Rangoon Lunatic Asylum 1893-1897 - 1893-1897
Year: 1893
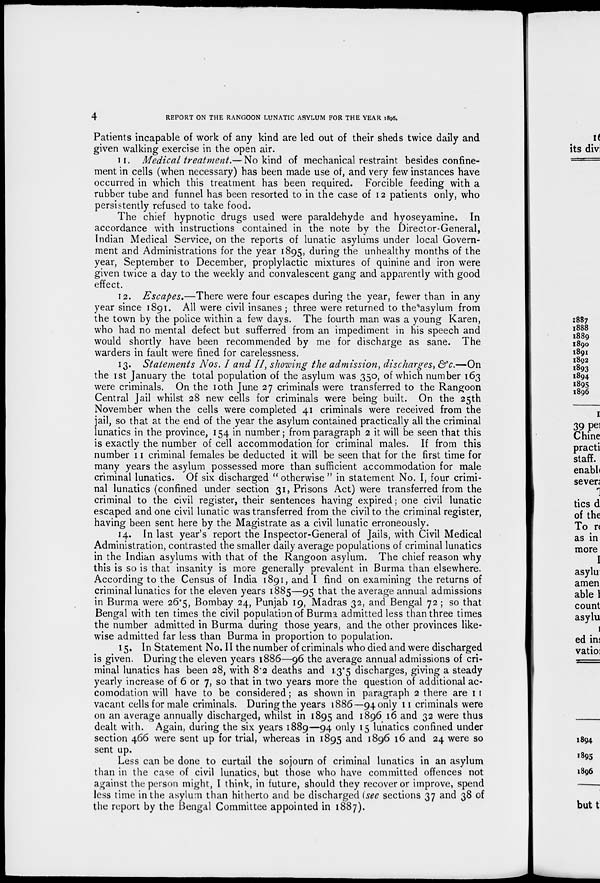
4
REPORT ON THE RANGOON LUNATIC ASYLUM FOR THE YEAR 1896.
Patients incapable of work of any kind are led out of their sheds twice daily and
given walking exercise in the open air.
11. Medical treatment.— No kind of mechanical restraint besides confine-
ment in cells (when necessary) has been made use of, and very few instances have
occurred in which this treatment has been required. Forcible feeding with a
rubber tube and funnel has been resorted to in the case of 12 patients only, who
persistently refused to take food.
The chief hypnotic drugs used were paraldehyde and hyoseyamine. In
accordance with instructions contained in the note by the Director-General,
Indian Medical Service, on the reports of lunatic asylums under local Govern-
ment and Administrations for the year 1895, during the unhealthy months of the
year, September to December, proplylactic mixtures of quinine and iron were
given twice a day to the weekly and convalescent gang and apparently with good
effect.
12. Escapes.—There were four escapes during the year, fewer than in any
year since 1891. All were civil insanes ; three were returned to the asylum from
the town by the police within a few days. The fourth man was a young Karen,
who had no mental defect but sufferred from an impediment in his speech and
would shortly have been recommended by me for discharge as sane. The
warders in fault were fined for carelessness.
13. Statements Nos. I and II, showing the admission, discharges, &c.—On
the 1st January the total population of the asylum was 350, of which number 163
were criminals. On the 10th June 27 criminals were transferred to the Rangoon
Central Jail whilst 28 new cells for criminals were being built. On the 25th
November when the cells were completed 41 criminals were received from the
jail, so that at the end of the year the asylum contained practically all the criminal
lunatics in the province, 154 in number; from paragraph 2 it will be seen that this
is exactly the number of cell accommodation for criminal males. If from this
number 11 criminal females be deducted it will be seen that for the first time for
many years the asylum possessed more than sufficient accommodation for male
criminal lunatics. Of six discharged "otherwise" in statement No. I, four crimi-
nal lunatics (confined under section 31, Prisons Act) were transferred from the
criminal to the civil register, their sentences having expired; one civil lunatic
escaped and one civil lunatic was transferred from the civil to the criminal register,
having been sent here by the Magistrate as a civil lunatic erroneously.
14. In last year's report the Inspector-General of Jails, with Civil Medical
Administration, contrasted the smaller daily average populations of criminal lunatics
in the Indian asylums with that of the Rangoon asylum. The chief reason why
this is so is that insanity is more generally prevalent in Burma than elsewhere.
According to the Census of India 1891, and I find on examining the returns of
criminal lunatics for the eleven years 1885—95 that the average annual admissions
in Burma were 26.5, Bombay 24, Punjab 19, Madras 32, and Bengal 72 ; so that
Bengal with ten times the civil population of Burma admitted less than three times
the number admitted in Burma during those years, and the other provinces like-
wise admitted far less than Burma in proportion to population.
15. In Statement No. II the number of criminals who died and were discharged
is given. During the eleven years 1886—96 the average annual admissions of cri-
minal lunatics has been 28, with 8.2 deaths and 13.5 discharges, giving a steady
yearly increase of 6 or 7, so that in two years more the question of additional ac-
comodation will have to be considered; as shown in paragraph 2 there are 11
vacant cells for male criminals. During the years 1886—94 only 11 criminals were
on an average annually discharged, whilst in 1895 and 1896 16 and 32 were thus
dealt with. Again, during the six years 1889—94 only 15 lunatics confined under
section 466 were sent up for trial, whereas in 1895 and 1896 16 and 24 were so
sent up.
Less can be done to curtail the sojourn of criminal lunatics in an asylum
than in the case of civil lunatics, but those who have committed offences not
against the person might, I think, in future, should they recover or improve, spend
less time in the asylum than hitherto and be discharged (see sections 37 and 38 of
the report by the Bengal Committee appointed in 1887).